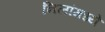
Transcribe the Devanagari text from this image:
निलांमध्ये